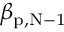
\beta _ { \mathrm { { p , N - 1 } } }